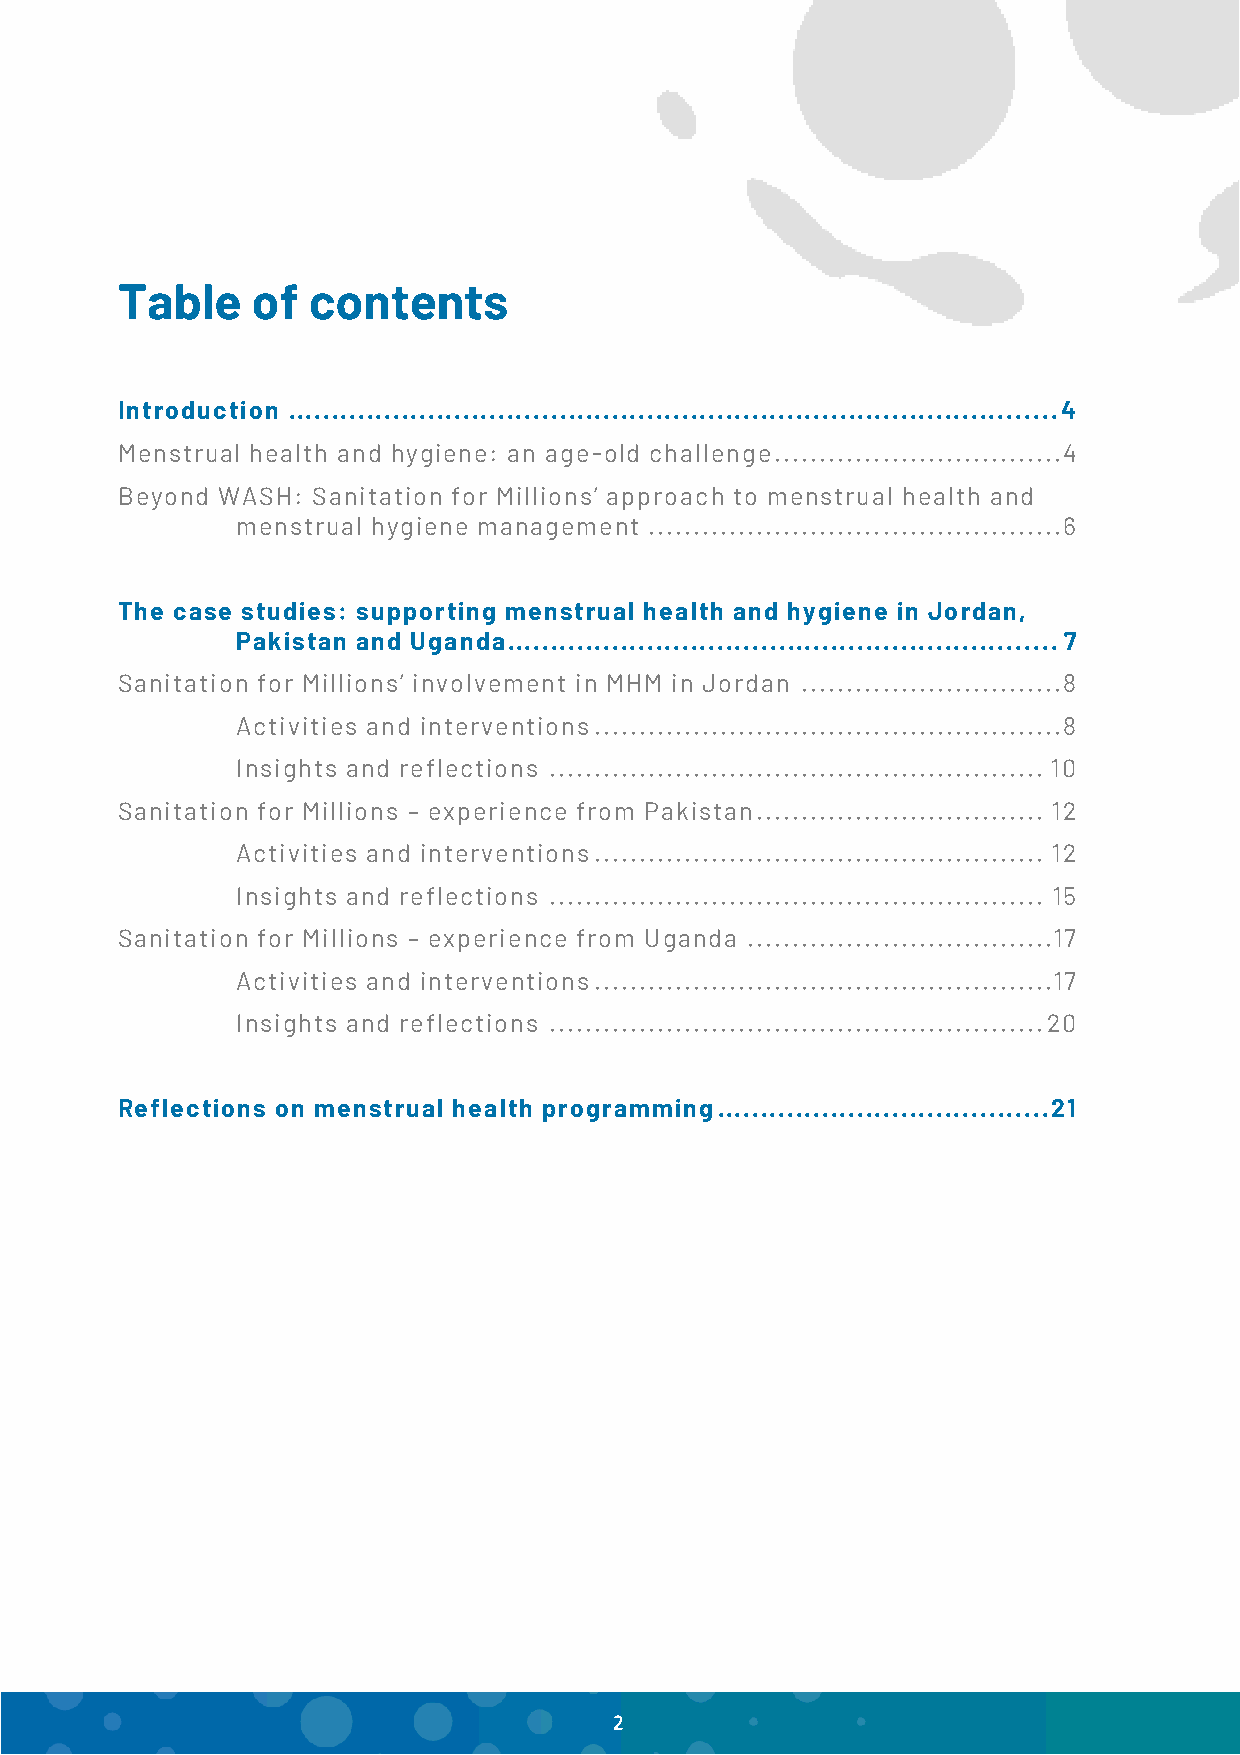
Table    of contents
 Introduction ........................................................................................ 4
 Menstrual health and hygiene: an age-old challenge ................................4
 Beyond WASH: Sanitation for Millions’ approach to menstrual health and
 menstrual hygiene management .............................................. 6
 The case studies: supporting menstrual health and hygiene in Jordan,
 Pakistan and Uganda ............................................................... 7
 Sanitation for Millions’ involvement in MHM in Jordan ............................. 8
 Activities and interventions .................................................... 8
 Insights and reflections ....................................................... 10
 Sanitation for Millions – experience from Pakistan ................................ 12
 Activities and interventions .................................................. 12
 Insights and reflections ....................................................... 15
 Sanitation for Millions – experience from Uganda ..................................17
 Activities and interventions ...................................................17
 Insights and reflections ....................................................... 20
 Reflections on menstrual health programming ...................................... 21
 2